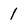
Character: 1